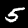
Label: 5